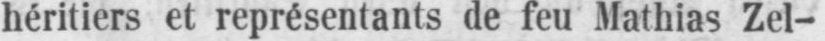
héritiers et représentant de feu Mathias Zel-